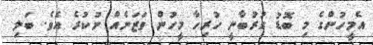
އެމީހުންގެ މި ބޮޑު ގުރުބާނީ ހުރިހާ މީހުން ވަޒަނެއް ނުކުރެ އެވެ. ބަލި